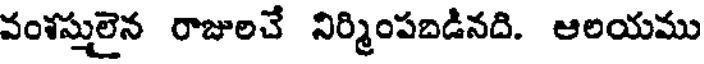
వంశస్తులైన రాజులచే నిర్మింపబడినది. ఆలయము